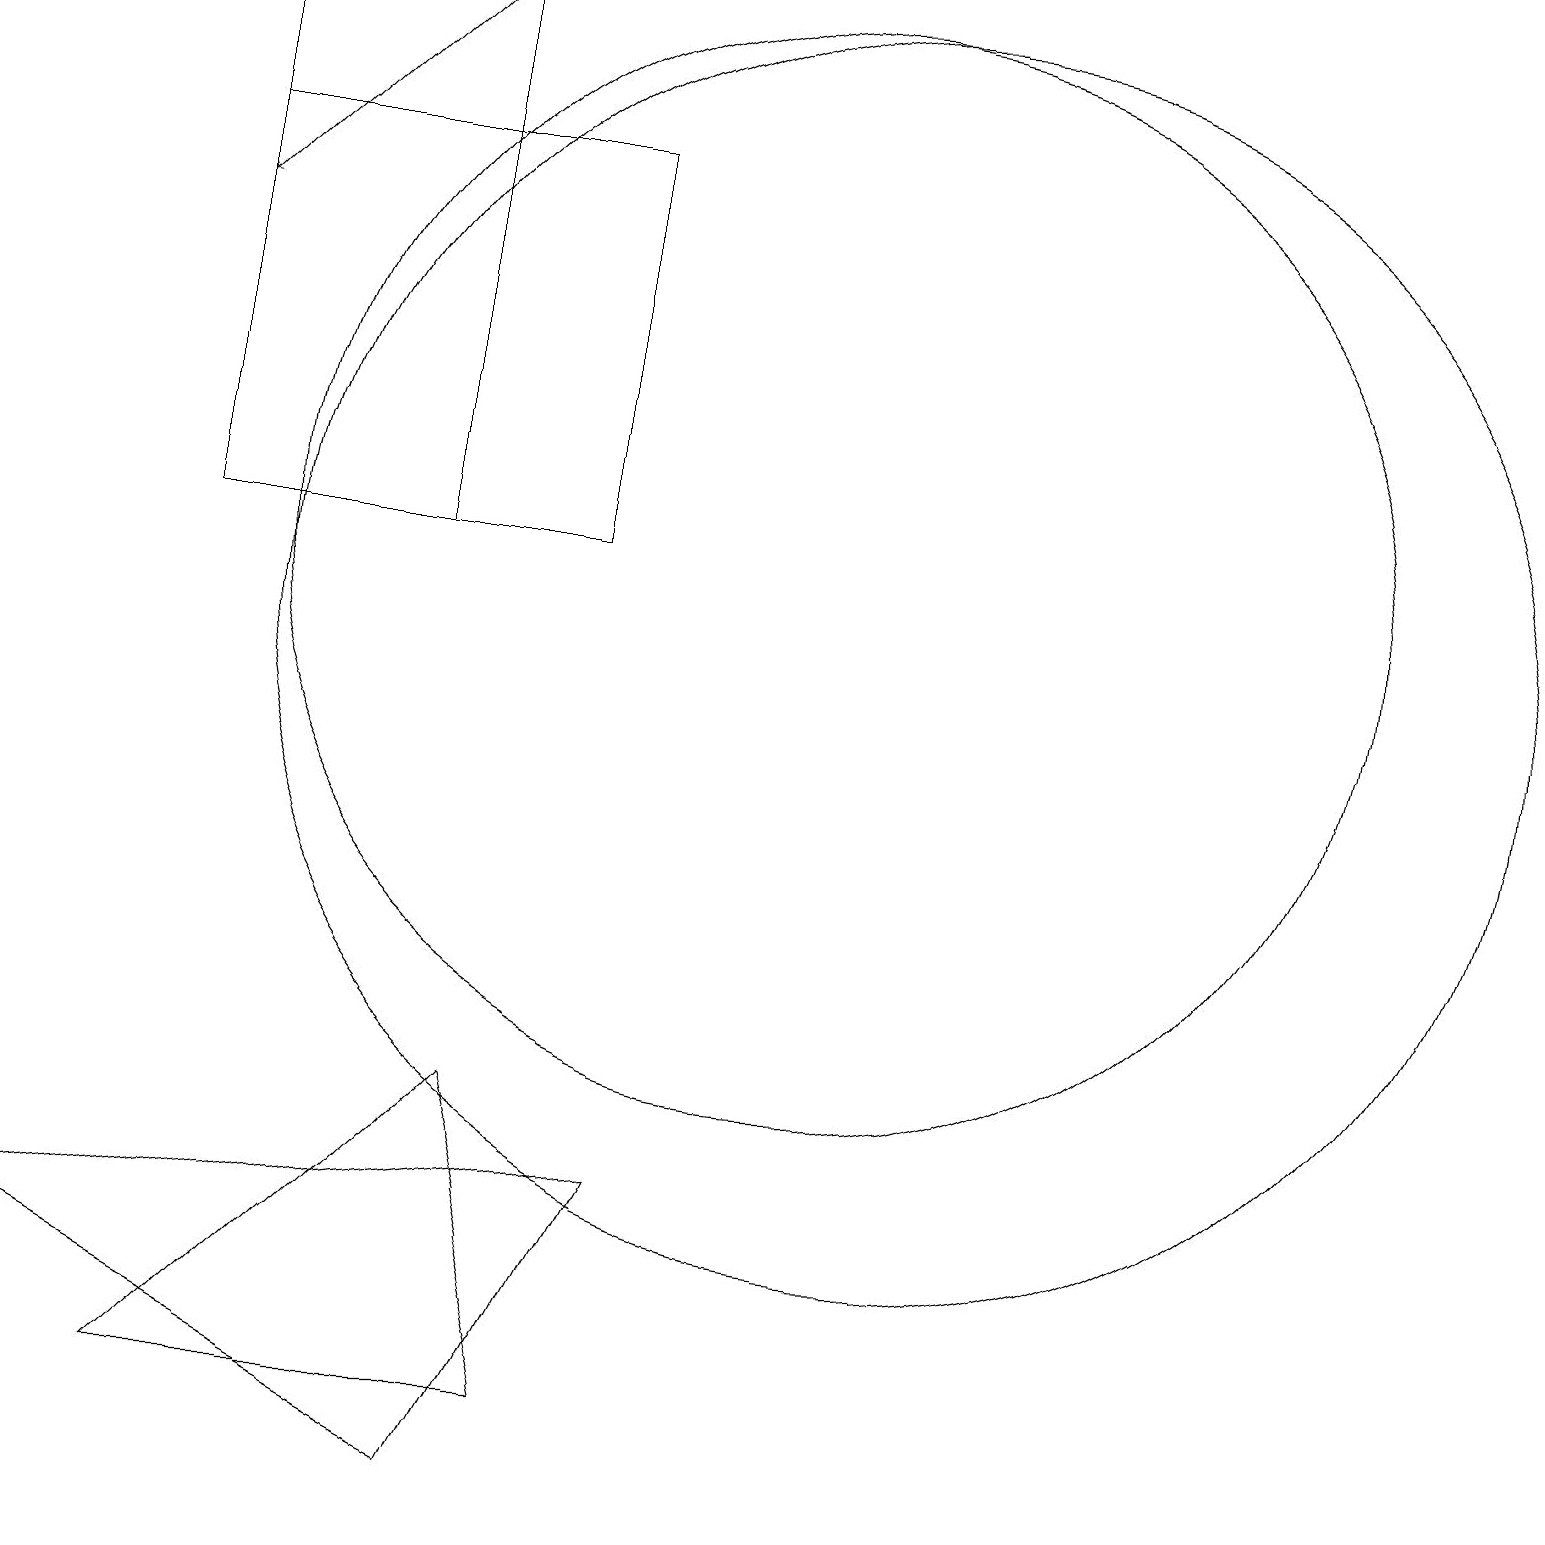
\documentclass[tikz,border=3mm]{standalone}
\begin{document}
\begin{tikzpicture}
\draw (7,17) rectangle (2,12);
\draw (6,5) -- (7,1) -- (2,1) -- cycle;
\draw (2,19) rectangle (5,12);
\draw (11,11) circle (8);
\draw (0,3) -- (6,0) -- (8,4) -- cycle;
\draw (10,12) circle (7);
\draw[->] (5,19) -- (2,16);
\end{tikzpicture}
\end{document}